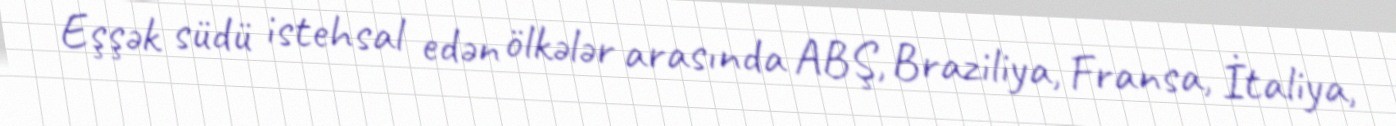
Eşşək südü istehsal edən ölkələr arasında ABŞ, Braziliya, Fransa, İtaliya,